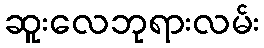
ဆူးလေဘုရားလမ်း